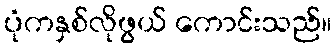
ပုံကနှစ်လိုဖွယ် ကောင်းသည်။